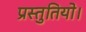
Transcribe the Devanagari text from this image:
प्रस्तुतियो।